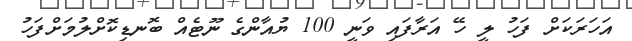
އަހަރަކަށް ފަހު ލީ ހޭ އަރާފައި ވަނީ 100 ޔުއާންގެ ނޫޓެއް ބޮނޑިކޮށްލުމަށްފަހު